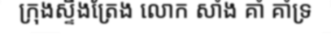
ក្រុងស្ទឹងត្រែង លោក សាំង គាំ គាំទ្រ